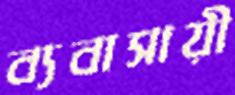
ব্যবাসায়ী